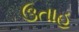
ઉતાહ